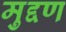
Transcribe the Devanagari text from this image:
मुद्दण